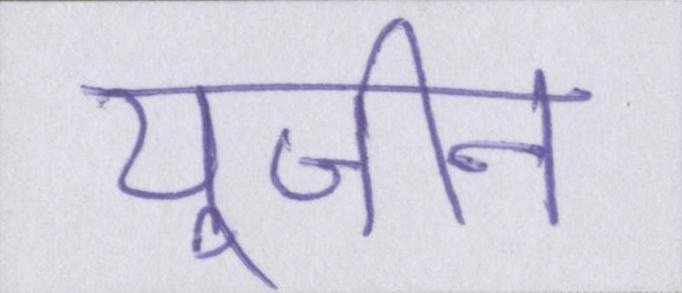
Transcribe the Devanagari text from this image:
यूजीन